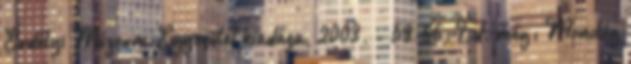
Erdélyi Múzeum-Egyesület kiadása, 2003. - 59-66; Ld. még: Monológ